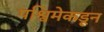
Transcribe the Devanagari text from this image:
पश्विमेकडून